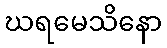
ဃရမေသိနော